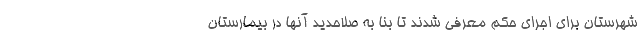
شهرستان برای اجرای حکم معرفی شدند تا بنا به صلاحدید آنها در بیمارستان